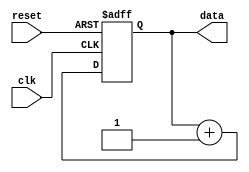
module repeat_loop (
    input wire clk,        // Clock signal
    input wire reset,      // Reset signal to terminate the loop
    output reg [7:0] data  // Example output data
);

    // Initialization
    initial begin
        data = 8'b0; // Initialize data to zero
    end

    // Repeat Loop
    always @(posedge clk or posedge reset) begin
        if (reset) begin
            // Reset condition: exit loop or reset data
            data <= 8'b0; // Reset data or perform other reset actions
        end else begin
            // Infinite loop execution
            // Example operation: Increment data
            data <= data + 1;
            // Add more operations as needed
        end
    end

endmodule